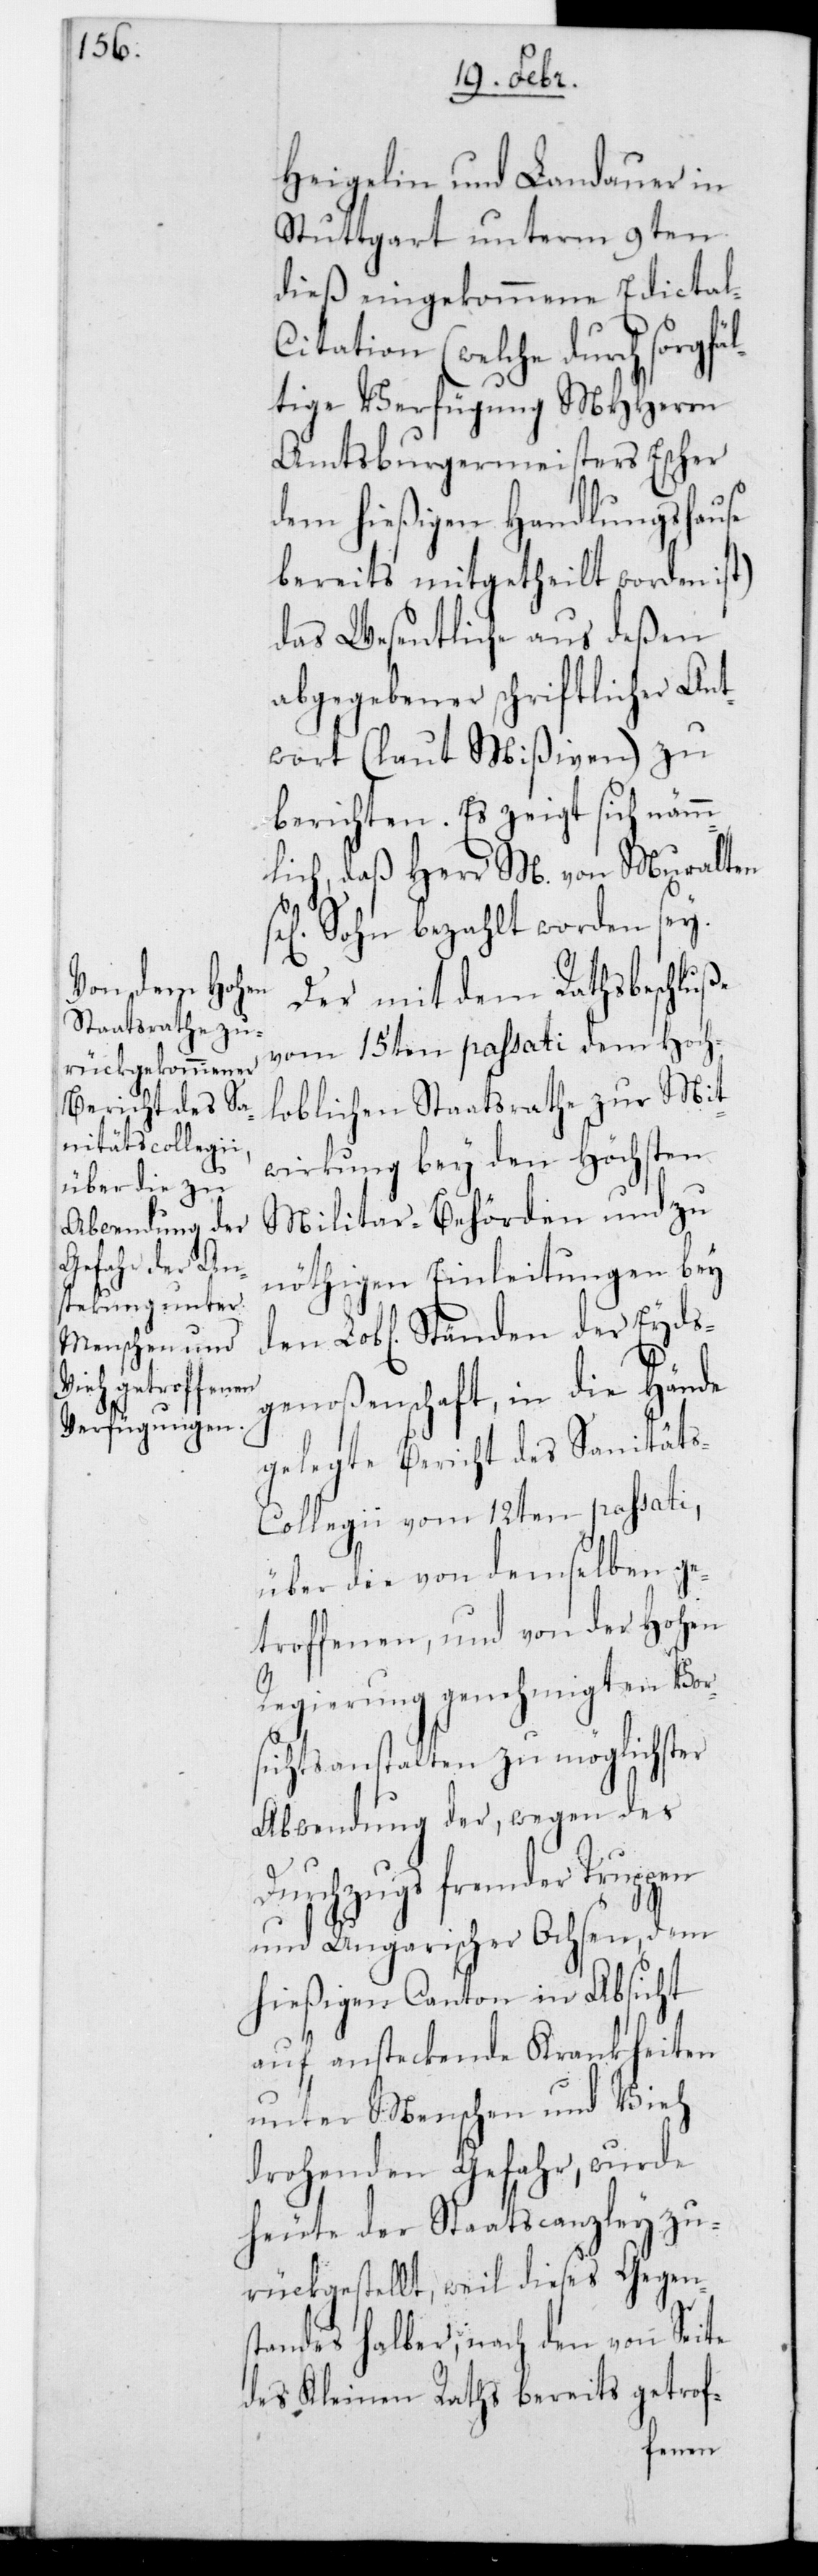
Heigelin und Landauer in
Stuttgart unterm 9ten
dieß eingekommene Edictal-C¬
itation (welche durch sorgfä¬
ltige Verfügung MHHerrn
Amtsburgermeisters Escher
dem hießigen Handlungshause
bereits mitgetheilt worden ist)
das Wesentliche aus deßen
abgegebener schriftlicher Ant¬
wort (laut Mißiven) zu
berichten. Es zeigt sich nämm¬
lich, daß Herr M. von Muralten
Sohn bezahlt worden sei.
Der mit dem Rathsbeschluße
vom 15ten passati dem Hoch¬
loblichen Staatsrathe zur Mit¬
wirkung bey den höchsten
Militairbehörden und zu
nöthigen Einleitungen bey
den Lobl. Ständen der Eyds¬
genoßenschaft, in die Hände
gelegte Bericht des Sanität¬
s-Collegii vom 12ten passati,
über die von demselben ge¬
troffenen, und von der Hohen
Regierung genehmigten Vor¬
sichtsanstalten zu möglichster
Abwendung der, wegen des
Durchzugs fremder Truppen
und Ungarischer Ochsen, dem
hießigen Canton in Absicht
auf ansteckende Krankheiten
unter Menschen und Vieh
drohenden Gefahr, wurde
heute der Staatscanzley zu¬
rückgestellt, weil dieses Gegen¬
standes halber, nach den von Seite
des Kleinen Raths bereits getrof-